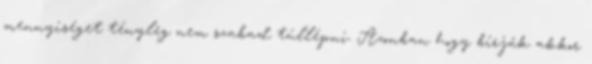
mennyiséget tényleg nem szabad túllépni. Azonban hogy bírják akkor